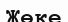
Жөке